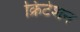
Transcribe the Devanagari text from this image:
क्रिटेशन